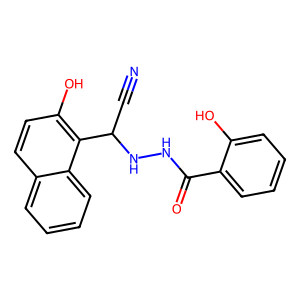
SMILES: N#CC(NNC(=O)c1ccccc1O)c1c(O)ccc2ccccc12
Inhibits HIV replication: No